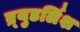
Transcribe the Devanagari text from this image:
ब्र्युडर्लिश